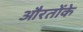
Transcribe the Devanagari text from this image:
औरतोंके